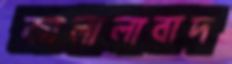
জালালাবাদ